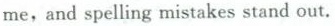
me,and spelling mistakes stand out.